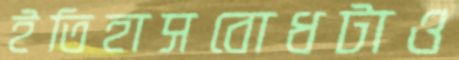
ইতিহাসবোধটাও